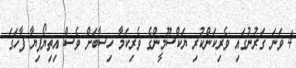
4 ވަނަ ޤަރުނުގައި ވެރިކަންކުރި ޔަކްސޫމީންގެ ވެރިކަމާ ހިސާބަށް ވެސް އިތިޔޯޕިޔާ ފާހަގަ